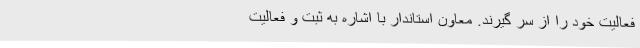
فعالیت خود را از سر گیرند. معاون استاندار با اشاره به ثبت و فعالیت